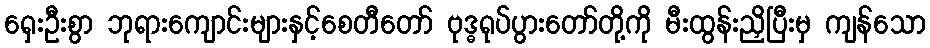
ရှေးဦးစွာ ဘုရားကျောင်းများနှင့်စေတီတော် ဗုဒ္ဓရုပ်ပွားတော်တို့ကို မီးထွန်းညှိပြီးမှ ကျန်သော